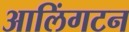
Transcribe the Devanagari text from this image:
आलिंगटन